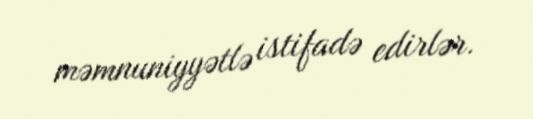
məmnuniyyətlə istifadə edirlər.